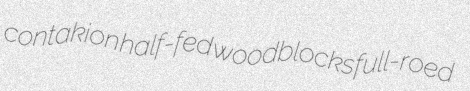
contakion half-fed woodblocks full-roed